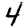
Digit: 4